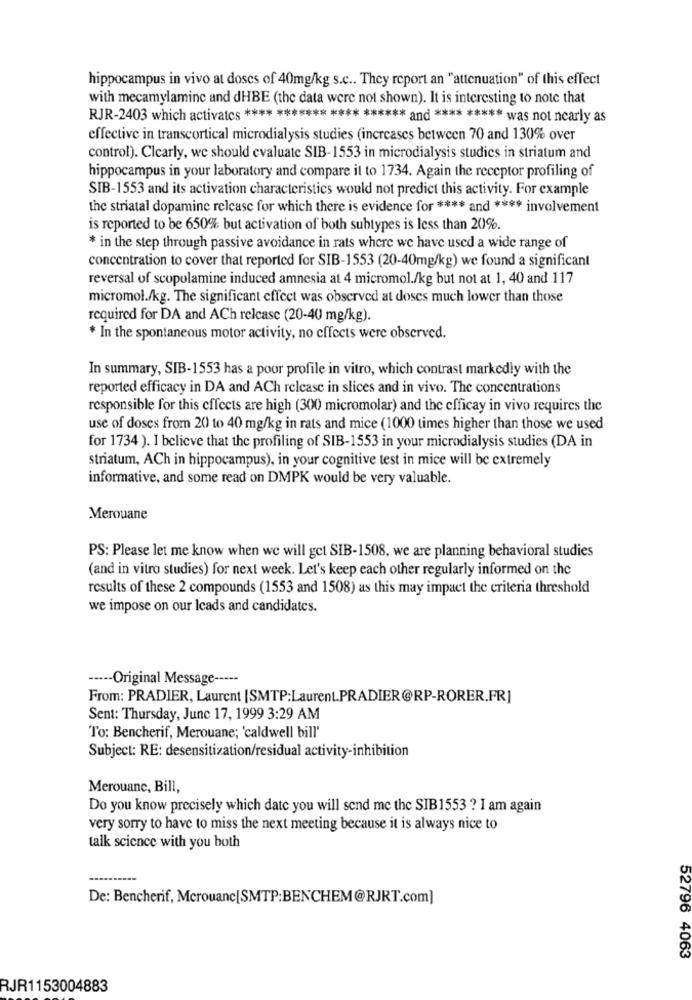
hippocampus in vivo at doses of 40mg/kg s.c .. They report an "attenuation" of this effect
with mecamylamine and dHBE (the data were not shown). It is interesting to note that
RJR-2403 which activates **** ******* **** ****** and **** ***** was not nearly as
effective in transcortical microdialysis studies (increases between 70 and 130% over
control). Clearly, we should evaluate SIB-1553 in microdialysis studies in striatum and
hippocampus in your laboratory and compare it to 1734. Again the receptor profiling of
SIB-1553 and its activation characteristics would not predict this activity. For example
the striatal dopamine release for which there is evidence for **** and **** involvement
is reported to be 650% but activation of both subtypes is less than 20%.
* in the step through passive avoidance in rats where we have used a wide range of
concentration to cover that reported for SIB-1553 (20-40mg/kg) we found a significant
reversal of scopolamine induced amnesia at 4 micromol./kg but not at 1, 40 and 117
micromol./kg. The significant effect was observed at doses much lower than those
required for DA and ACh relcase (20-40 mg/kg).
* In the spontaneous motor activity, no effects were observed.
In summary, SIB-1553 has a poor profile in vitro, which contrast markedly with the
reported efficacy in DA and ACh relcase in slices and in vivo. The concentrations
responsible for this effects are high (300 micromolar) and the efficay in vivo requires the
use of doses from 20 to 40 mg/kg in rats and mice (1000 times higher than those we used
for 1734 ). I believe that the profiling of SIB-1553 in your microdialysis studies (DA in
striatum, ACh in hippocampus), in your cognitive test in mice will be extremely
informative, and some read on DMPK would be very valuable.
Merouane
PS: Please let me know when we will get SIB-1508, we are planning behavioral studies
(and in vitro studies) for next week. Let's keep each other regularly informed on the
results of these 2 compounds (1553 and 1508) as this may impact the criteria threshold
we impose on our leads and candidates.
----- Original Message -----
From: PRADIER, Laurent [SMTP:Laurent.PRADIER@RP-RORER.FR]
Sent: Thursday, June 17, 1999 3:29 AM
To: Bencherif, Merouane; 'caldwell bill'
Subject: RE: desensitization/residual activity-inhibition
Merouane, Bill,
Do you know precisely which date you will send me the SIB1553 ? I am again
very sorry to have to miss the next meeting because it is always nice to
talk science with you both
De: Bencherif, Merouane[SMTP:BENCHEM@RJRT.com]
52796 4063
RJR1153004883